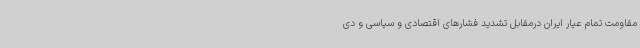
مقاومت تمام عیار ایران درمقابل تشدید فشارهای اقتصادی و سیاسی و دی